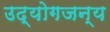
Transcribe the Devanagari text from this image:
उद्योगजन्य